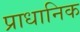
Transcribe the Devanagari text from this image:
प्राधानिक